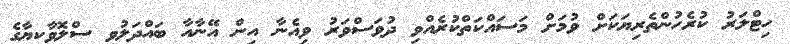
ހިޓްލަރު ކުރެހުންތެރިޔަކަށް ވުމަށް މަސައްކަތްކުރެއްވި ދުވަސްވަރު ވިއެނާ އިން އޭނާއާ ބައްދަލުވި ސްލޮވާކިޔާގެ